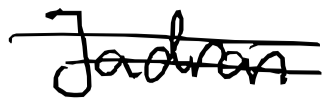
Text: Jadran
Cross-out: double-line
Writing tool: digital_black